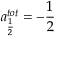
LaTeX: a _ { \frac 1 2 } ^ { t o t } = - \frac 1 2